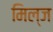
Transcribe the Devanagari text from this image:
मिल्ज